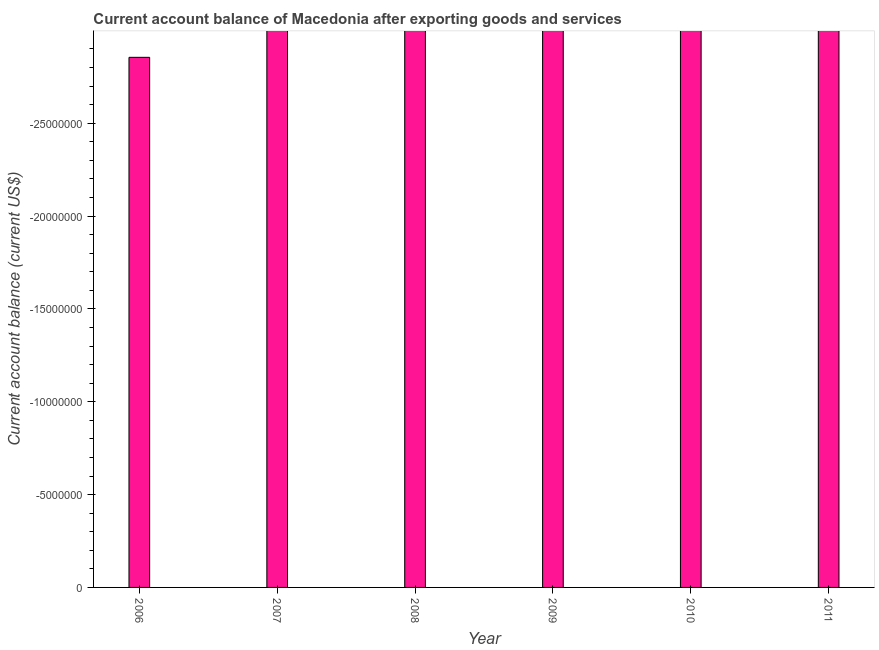
| Year | Current account balance |
 | --- | --- |
 | 2006 | -2.85e+07 |
 | 2007 | -6.06e+08 |
 | 2008 | -1.24e+09 |
 | 2009 | -6.1e+08 |
 | 2010 | -1.98e+08 |
 | 2011 | -2.62e+08 |